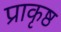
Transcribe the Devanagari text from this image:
प्राकृष्ठ